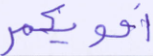
أخويكم